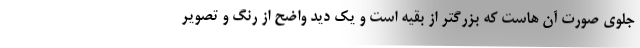
جلوی صورت آن هاست که بزرگتر از بقیه است و یک دید واضح از رنگ و تصویر